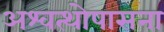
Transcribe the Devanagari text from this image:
अश्वत्थोपासना